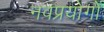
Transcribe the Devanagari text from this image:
नवप्रयोगों